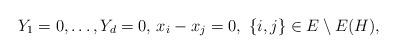
LaTeX: \begin{align*}Y_1=0,\ldots,Y_d=0,\,x_i-x_j=0, \,\,\{i,j\}\in E\setminus E(H),\end{align*}